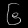
Digit: ၆